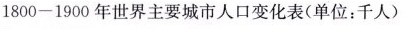
1800-1900年世界主要城市人口变化表(单位：千人)